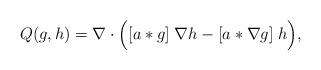
LaTeX: \begin{align*} Q(g,h) =\nabla \cdot {\Big (}[ a*g ]\;\nabla h- [ a*\nabla g ] \; h{\Big )},\end{align*}